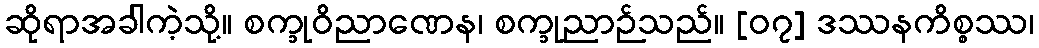
ဆိုရာအခါကဲ့သို့။ စက္ခုဝိညာဏေန၊ စက္ခုညာဉ်သည်။ [၀၇] ဒဿနကိစ္စဿ၊